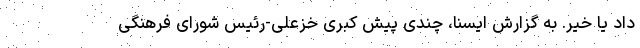
داد یا خیر. به گزارش ایسنا، چندی پیش کبری خزعلی-رئیس شورای فرهنگی